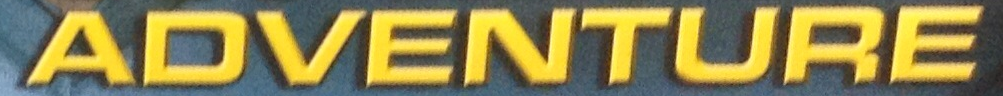
ADVENTURE